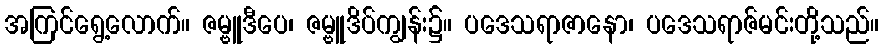
အကြင်ရွေ့လောက်။ ဇမ္ဗူဒီပေ၊ ဇမ္ဗူဒိပ်ကျွန်း၌။ ပဒေသရာဇာနော၊ ပဒေသရာဇ်မင်းတို့သည်။